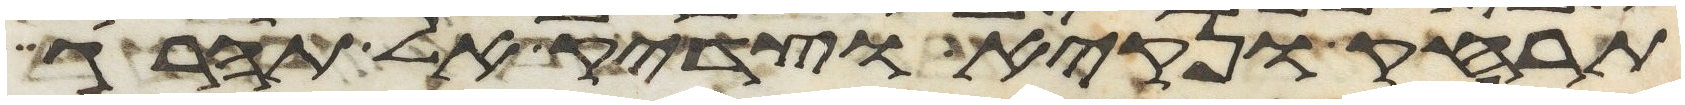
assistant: תרחק ונקיא וצדיק אל תהרג